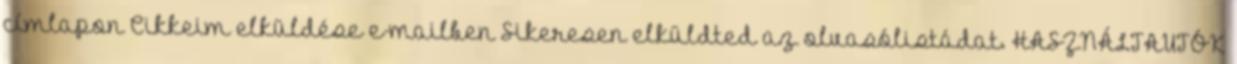
címlapon Cikkeim elküldése e-mailben Sikeresen elküldted az olvasólistádat. HASZNÁLTAUTÓK